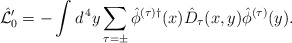
\begin{align*}\hat{\cal L}_0' = - \int d^{\, 4} y \sum_{\tau = \pm} \hat{\phi}^{(\tau) \dagger} (x) \hat{D}_\tau (x, y) \hat{\phi}^{(\tau)} (y) . \end{align*}